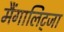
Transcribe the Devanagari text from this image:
मैंगालिट्जा